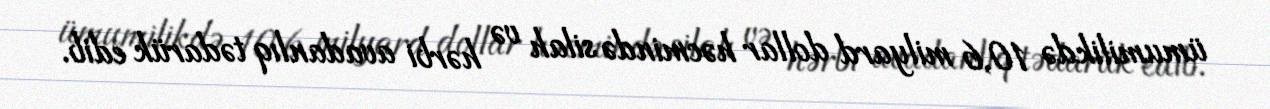
ümumilikdə 10,6 milyard dollar həcmində silah və hərbi avadanlıq tədarük edib.